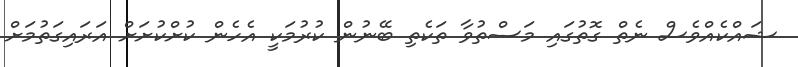
ޝައްކެއްވެސް ނެތް ގޮތުގައި މަސްތުވާ ތަކެތި ބޭނުން ކުރުމަކީ އެހެން ކުށްކުށަށް އަރައިގަތުމަށް